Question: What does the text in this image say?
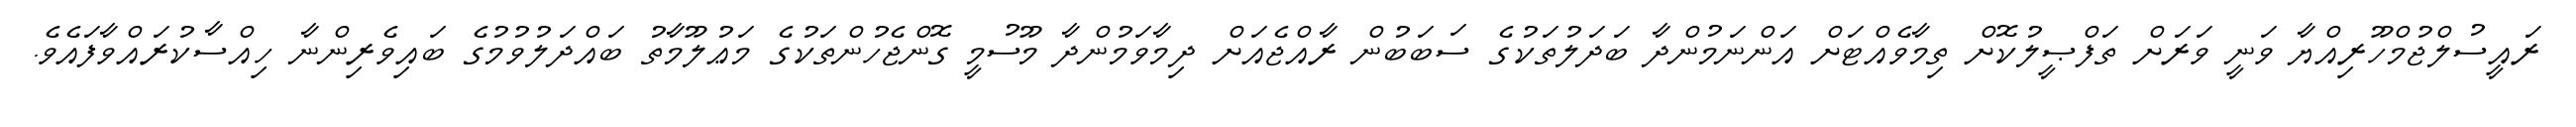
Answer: ރައީސުލްޖުމްހޫރިއްޔާ ވަނީ ވަރަށް ތަފްޞީލުކޮށް ތިމާވެއްޓަށް އަންނަމުންދާ ބަދަލުތަކުގެ ސަބަބުން ރާއްޖެއަށް ދިމާވަމުންދާ މޫސުމީ ގޮންޖެހުންތަކުގެ މަޢުލޫމާތު ބައްދަލުވުމުގެ ބައިވެރިންނާ ހިއްސާކުރައްވާފައެވެ.